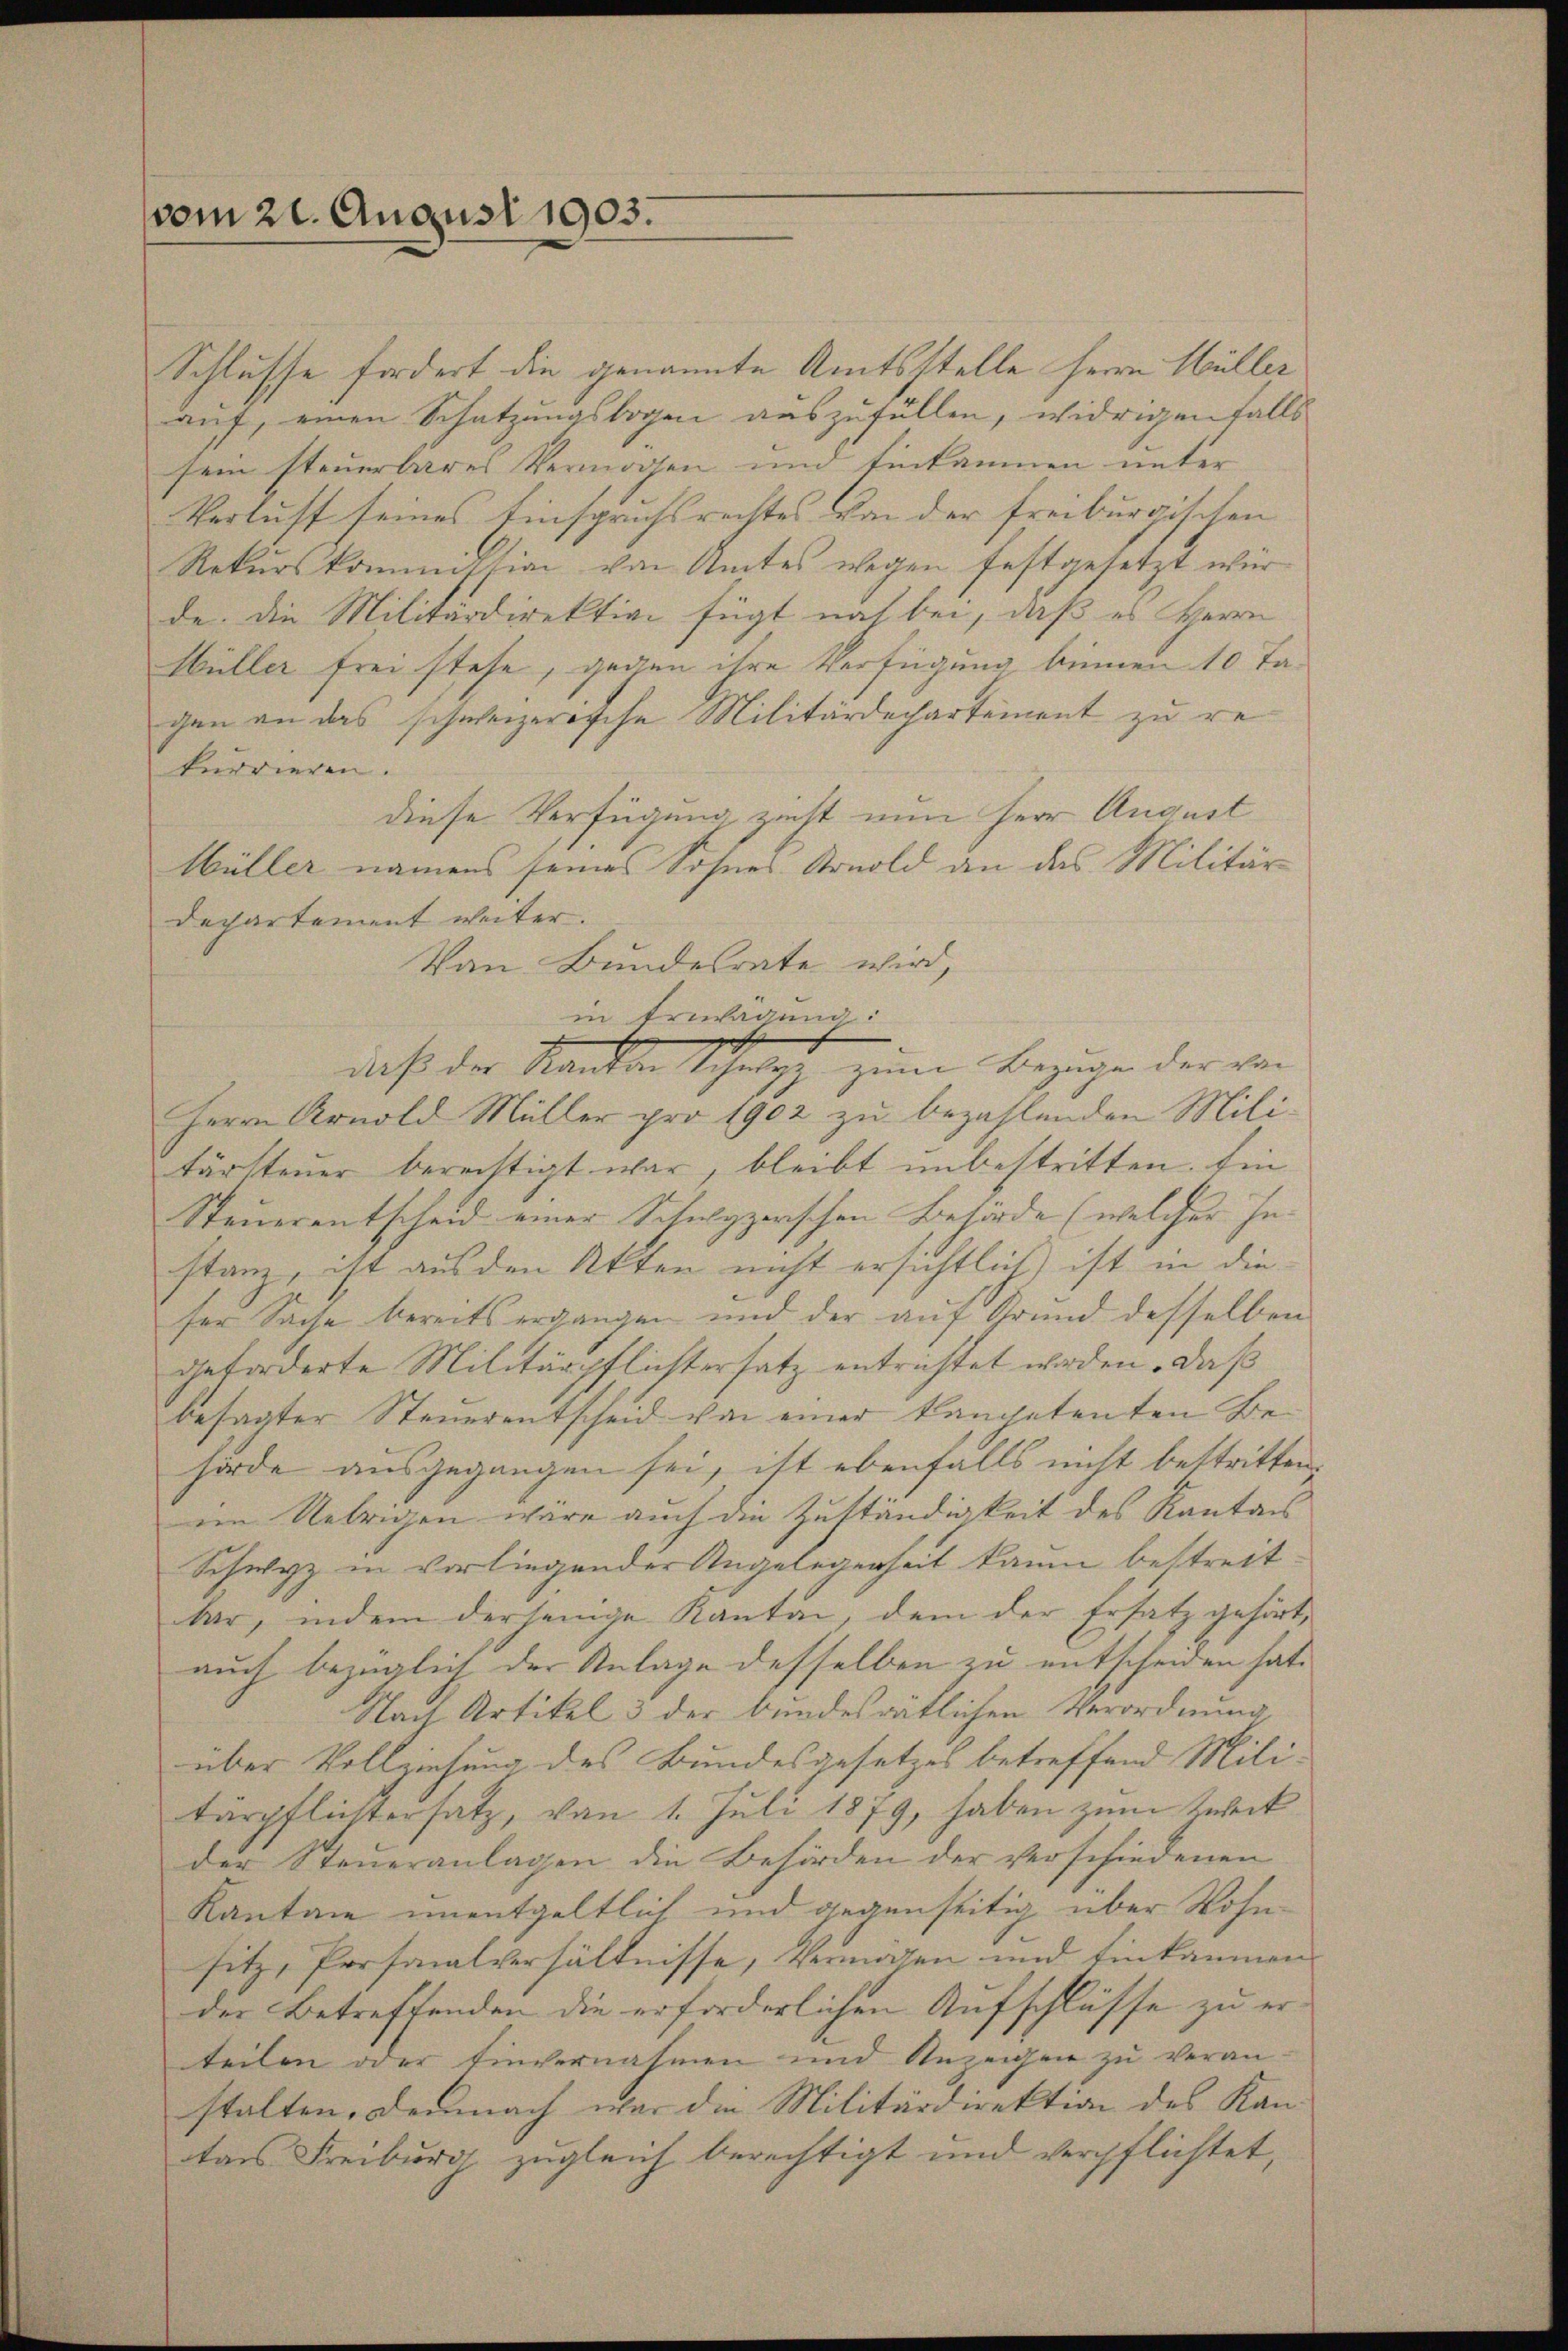
vom 21. August 1903.

Schlusse fordert die genannte Amtsstelle Herrn Hüller
auf, einen Schatzungsbogen auszufüllen, widrigen falls
sein steuerbares Vermögen und Einkammen unter
Verlust seines Einspruchsrechtes von der freiburgischen
Rekurskommission von Amtes wegen festgesetzt wir
de. Die Militärdirektion fügt noch bei, daß es Herrn
Müller frei stehe, gegen ihre Verfügung binnen 10 Tagen an das schweizerische Militärdechartement zu rekurrieren.
diese Verfügung zieht nun Herr August
Müller namens seines Sohnes Arnold an das Militär
departement weiter.
Von Bundesrate wird,
in Erwägung:
daß der Kanten Schwyz zum Bezuge der von
Herrn Arnold Müller pro 1902 zu bezahlenden Militärsteŭer berechtigt war, bleibt unbestritten. Ein
Steuerentscheid einer Schwyzerischen Behörde (welcher Instanz, ist aus den Atten nicht ersichtlich ist in die
ser Sache bereits ergangen und der auf Grund desselben
geforderte Militärpflichtersatz entrichtet worden. Daß
besagter Steuerentscheid von einer klangetenten Behörde ausgegangen sei, ist ebenfalls nicht bestritten
im Uebrigen wäre auch die Zuständigkeit des Kantons
Schwyz in vorliegender Angelegenheit kaum bestreit
bar, indem derjenige Kanton, dem der Ersatz gehört,
auch bezüglich der Anlage desselben zu entscheiden hat.
Nach Artikel 3 der bundesrätlichen Verordnung,
über Vollziehung des Bundesgesetzes betreffend Mili-
tärpflichtersatz, von 1. Juli 1879, haben zum Zweck
der Steueranlagen die Behörden der verschiedenen
Kanton unentgeltlich und gegenseitig über Wohnsitz, Personalverhältnisse, Vermögen und Einkammen
der Betreffenden die erforderlichen Aufschlüsse zu erteilen oder Einvernahmen und Anzeigen zu veran-
stalten. Demnach war die Militärdirektion des Kan-
tas Freiburg zugleich berechtigt und verpflichtet,

t